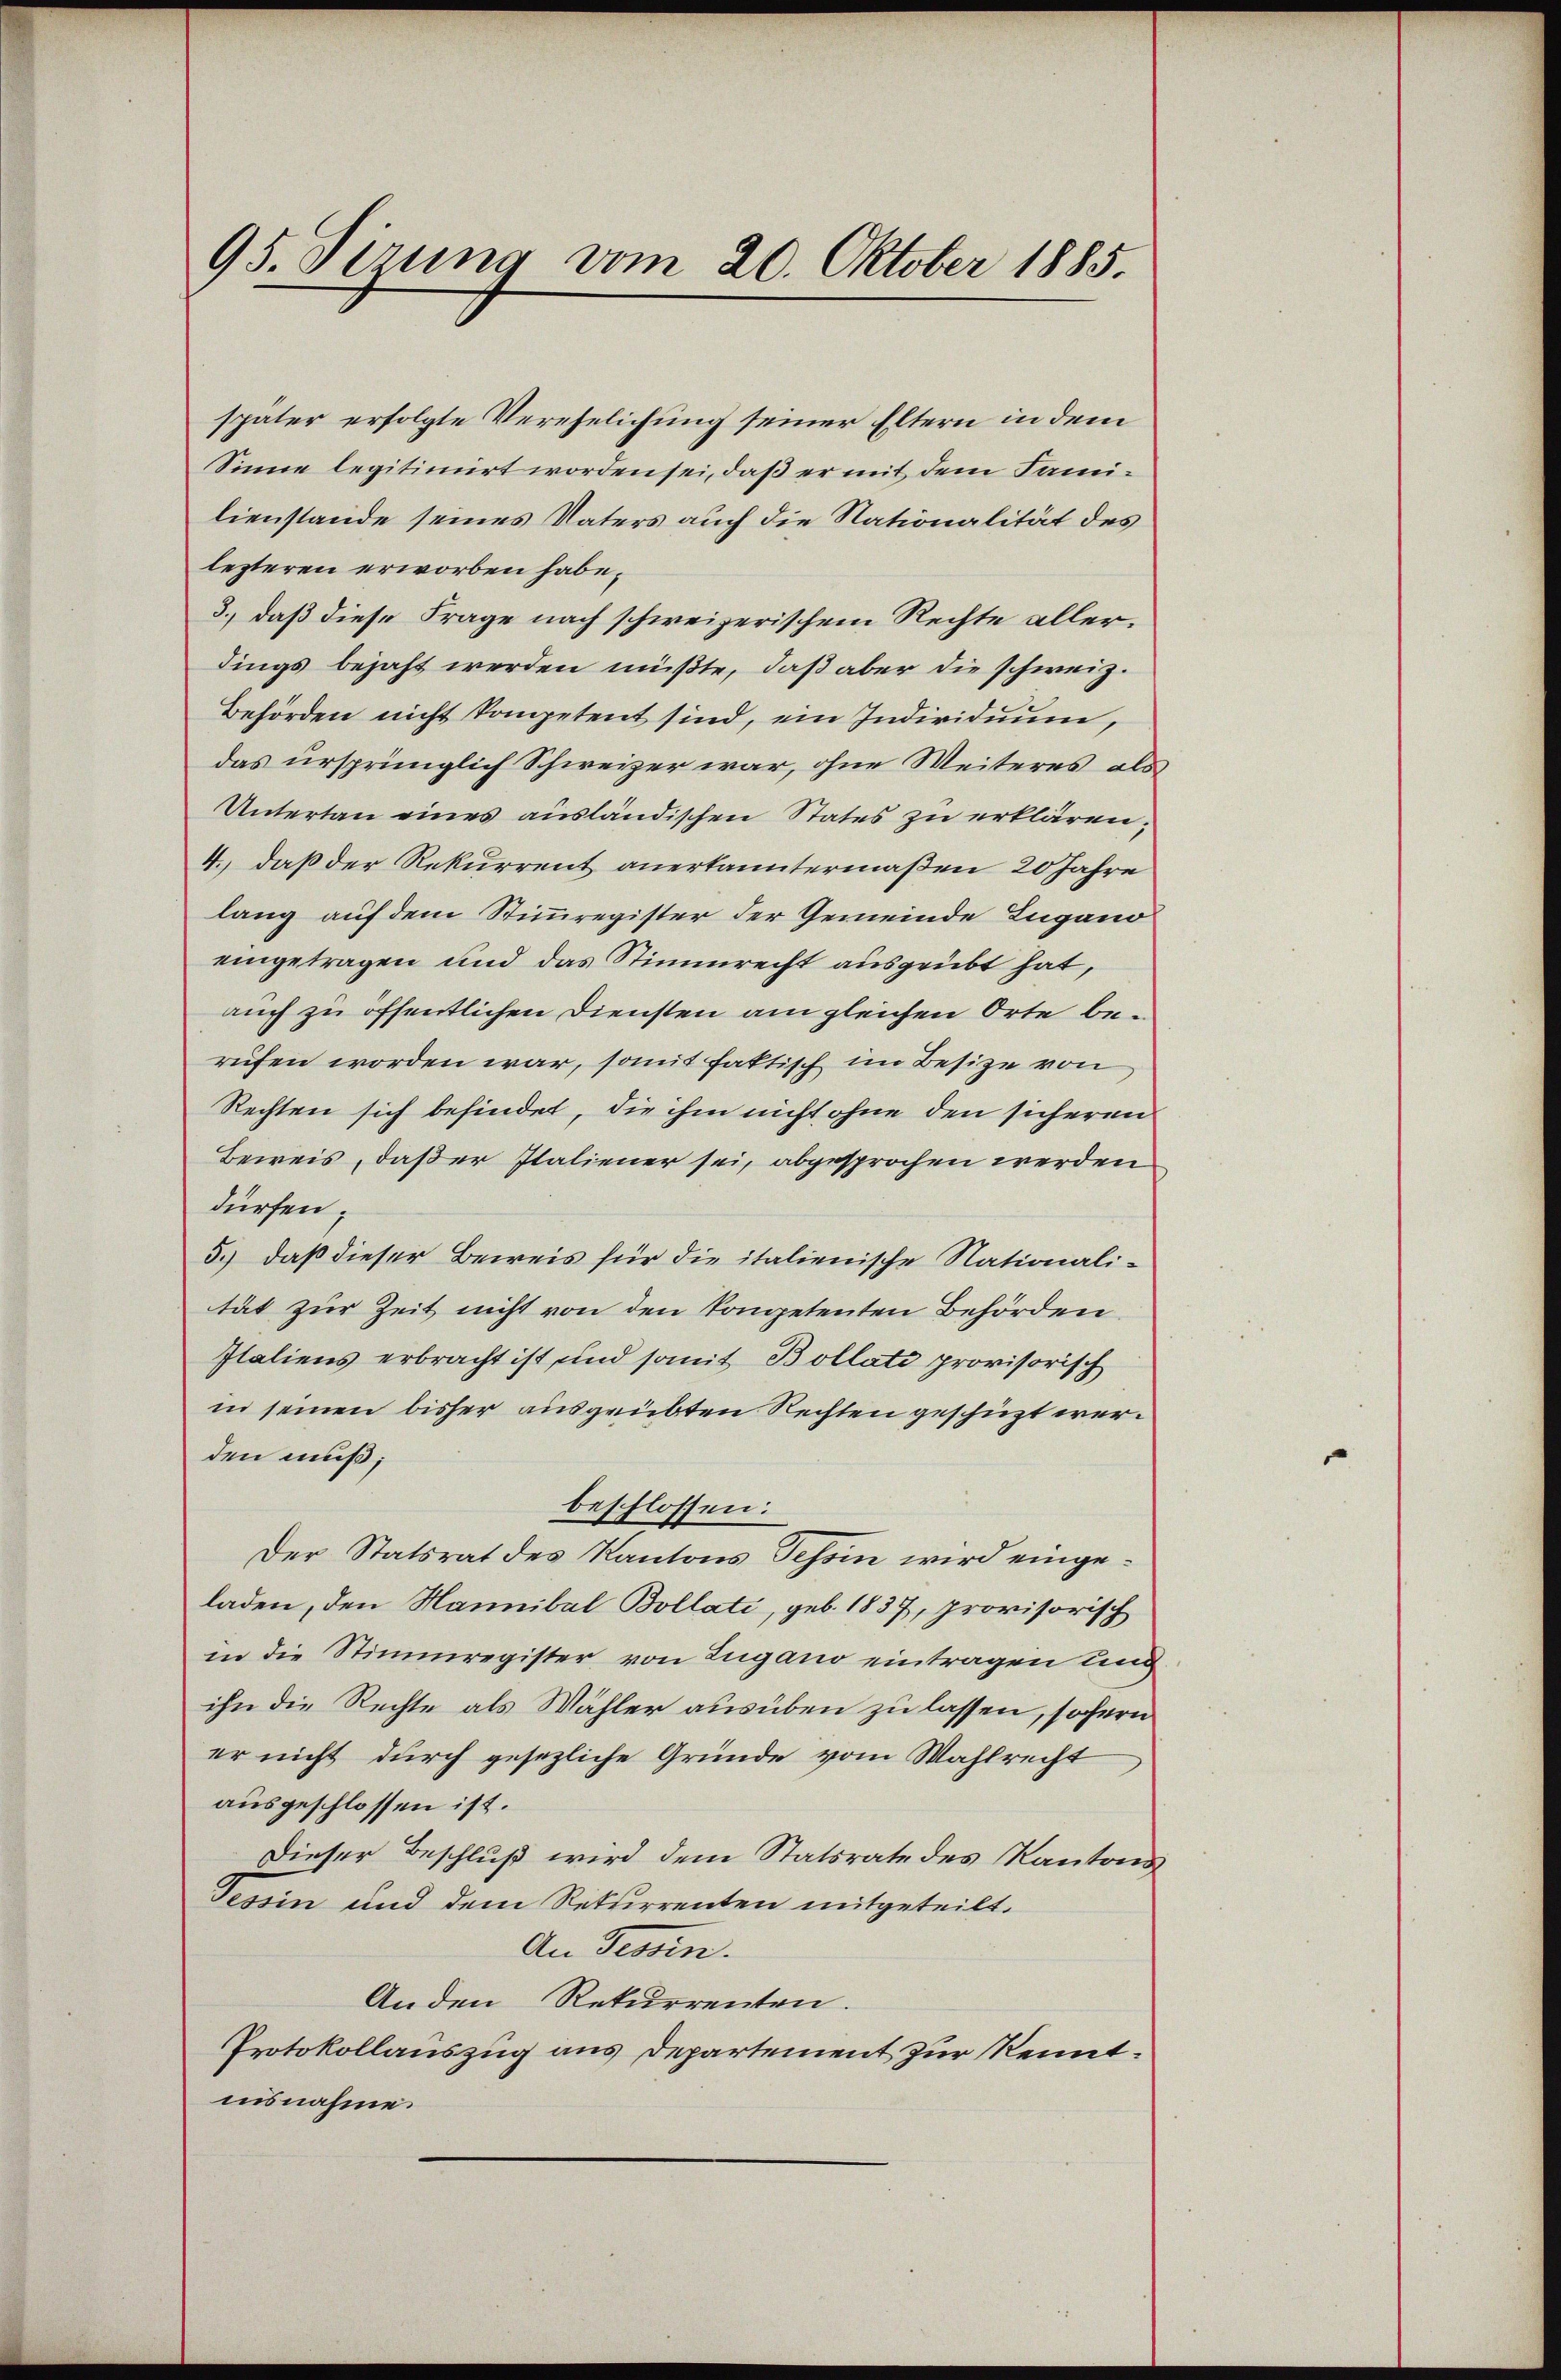
95. Sizung vom 20. Oktober 1885.

später erfolgte Verehelichung seiner Eltern in dem
Sinne legitimirt worden sei, daß er mit dem Familienstande seines Vaters auch die Nationalität des
lezteren erworben habe.
3., daß diese Frage nach schweizerischem Rechte allerdings bejaht werden müßte, daß aber die schweiz.
Behörden nicht kompetent sind, ein Individuum,
das ursprünglich Schweizer war, ohne Weiteres als
Untertan eines ausländischen States zu erklären;
4.) daß der Rekurrent anerkanntermaßen 20 Jahre
lang auf dem Stimmregister der Gemeinde Lugano
eingetragen und das Stimmrecht ausgeübt hat,
auch zu öffentlichen Diensten am gleichen Orte berufen worden war, somit faktisch im Besitze von
Rechten sich befindet, die ihm nicht ohne den sicheren
Beweis, daß er Italiener sei, abgesprochen werden
dürfen,
5.) daß dieser Beweis für die italienische Nationalität zur Zeit nicht von den kompetenten Behörden
Italiens erbracht ist, und somit Bollate provisorisch
in seinen bisher ausgeübten Rechten geschüzt werden muß;
beschlossen:
Der Statsrat des Kantons Tessin wird eingeladen, den Hannibal Bollati, geb. 1837, provisorisch
in die Stimmregister von Zugano eintragen ung
ihn die Rechte als Wahler ausüben zu lassen, sofern
er nicht durch gesezliche Gründe vom Wahlrecht
ausgeschlossen ist.
Dieser Beschluß wird dem Statsrate des Kantons
Tessin und dem Rekurrenten mitgeteilt.
An Tessin.
Anden Rekurrenten.
Protokollauszug aus Departement zur Kenntinsnahme.